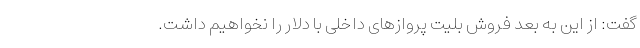
گفت: از این به بعد فروش بلیت پرواز‌های داخلی با دلار را نخواهیم داشت.